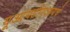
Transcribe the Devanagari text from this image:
यूआयडीएआयचे